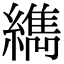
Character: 𦆈